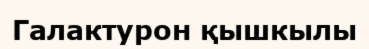
Галактурон қышкылы